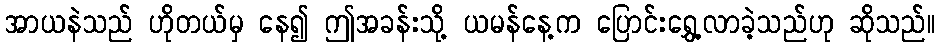
အာယနဲသည် ဟိုတယ်မှ နေ၍ ဤအခန်းသို့ ယမန်နေ့က ပြောင်းရွှေ့လာခဲ့သည်ဟု ဆိုသည်။